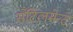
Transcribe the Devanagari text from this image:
सेटिलमेन्ट